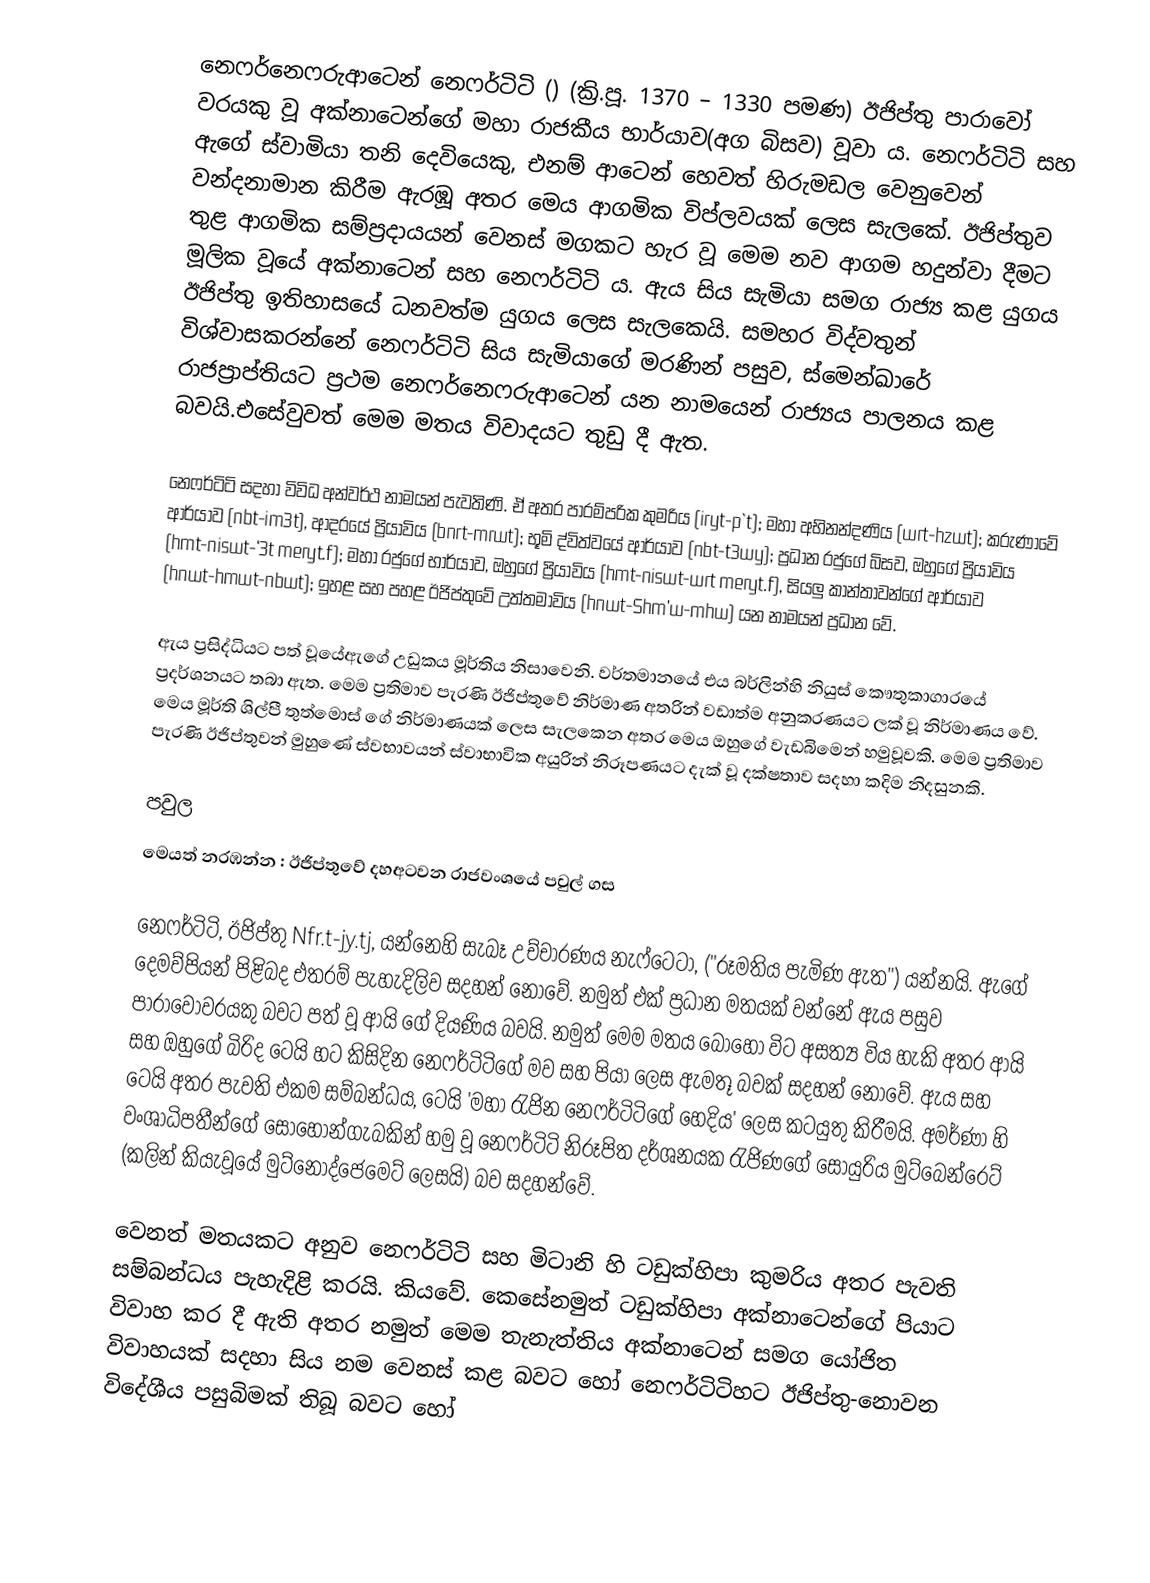
නෙෆර්නෙෆරුආටෙන් නෙෆර්ටිටි () (ක්‍රි.පූ. 1370 – 1330 පමණ) ඊජිප්තු පාරාවෝ වරයකු වූ අක්නාටෙන්ගේ මහා රාජකීය භාර්යාව(අග බිසව) වූවා ය. නෙෆර්ටිටි සහ ඇගේ ස්වාමියා තනි දෙවියෙකු, එනම් ආටෙන් හෙවත් හිරුමඩල වෙනුවෙන් වන්දනාමාන කිරීම ඇරඹූ අතර මෙය ආගමික විප්ලවයක් ලෙස සැලකේ. ඊජිප්තුව තුළ ආගමික සම්ප්‍රදායයන් වෙනස් මගකට හැර වූ මෙම නව ආගම හදුන්වා දීමට මූලික වූයේ අක්නාටෙන් සහ නෙෆර්ටිටි ය. ඇය සිය සැමියා සමග රාජ්‍ය කළ යුගය ඊජිප්තු ඉතිහාසයේ ධනවත්ම යුගය ලෙස සැලකෙයි. සමහර විද්වතුන් විශ්වාසකරන්නේ නෙෆර්ටිටි සිය සැමියාගේ මරණින් පසුව, ස්මෙන්ඛාරේ රාජප්‍රාප්තියට ප්‍රථම නෙෆර්නෙෆරුආටෙන් යන නාමයෙන් රාජ්‍යය පාලනය කළ බවයි.එසේවුවත් මෙම මතය විවාදයට තුඩු දී ඇත.

නෙෆර්ටිටි සදහා විවිධ අන්වර්ථ නාමයන් පැවතිණි. ඒ අතර පාරම්පරික කුමරිය (iryt-p`t); මහා අභිනන්දණිය (wrt-hzwt); කරුණාවේ ආර්යාව (nbt-im3t), ආදරයේ ප්‍රියාවිය (bnrt-mrwt); භූමි ද්විත්වයේ ආර්යාව (nbt-t3wy); ප්‍රධාන රජුගේ බිසව, ඔහුගේ ප්‍රියාවිය (hmt-niswt-‘3t meryt.f); මහා රජුගේ භාර්යාව, ඔහුගේ ප්‍රියාවිය (hmt-niswt-wrt meryt.f), සියලු කාන්තාවන්ගේ ආර්යාව (hnwt-hmwt-nbwt); ඉහළ සහ පහළ ඊජිප්තුවේ උත්තමාවිය (hnwt-Shm’w-mhw) යන නාමයන් ප්‍රධාන වේ.

ඇය ප්‍රසිද්ධියට පත් වූයේඇගේ උඩුකය මූර්තිය නිසාවෙනි. වර්තමානයේ එය  බර්ලින්හි නියුස් කෞතුකාගාරයේ ප්‍රදර්ශනයට තබා ඇත. මෙම ප්‍රතිමාව පැරණි ඊජිප්තුවේ නිර්මාණ අතරින් වඩාත්ම අනුකරණයට ලක් වූ නිර්මාණය වේ. මෙය මූර්ති ශිල්පී තුත්මොස් ගේ නිර්මාණයක් ලෙස සැලකෙන අතර මෙය ඔහු‍ගේ වැඩබිමෙන් හමුවූවකි. මෙම ප්‍රතිමාව පැරණි ඊජිප්තුවන් මුහුණේ ස්වභාවයන් ස්වාභාවික අයුරින් නිරූපණයට දැක් වූ දක්ෂතාව සදහා කදිම නිදසුනකි.

පවුල
මෙයත් නරඹන්න : ඊජිප්තුවේ දහඅටවන රාජවංශයේ පවුල් ගස

නෙෆර්ටිටි, ඊජිප්තු  Nfr.t-jy.tj, යන්නෙහි සැබෑ උච්චාරණය නැෆ්ටෙටා, ("රූමතිය පැමිණ ඇත") යන්නයි. ඇගේ දෙමව්පියන් පිළිබද එතරම් පැහැදිලිව සදහන් නොවේ. නමුත් එක් ප්‍රධාන මතයක් වන්නේ ඇය පසුව පාරාවෝවරයකු බවට පත් වූ ආයි ගේ දියණිය බවයි. නමුත් මෙම මතය බොහෝ විට අසත්‍ය විය හැකි අතර ආයි සහ ඔහුගේ බිරිද ටෙයි හට කිසිදින නෙෆර්ටිටිගේ මව සහ පියා ලෙස ඇමතූ බවක් සදහන් නොවේ. ඇය සහ ‍ටෙයි අතර පැවති එකම සම්බන්ධය, ටෙයි 'මහා රැජින නෙෆර්ටිටිගේ හෙදිය' ලෙස කටයුතු කිරීමයි. අමර්ණා හි වංශාධිපතීන්ගේ සොහොන්ගැබකින් හමු වූ නෙෆර්ටිටි නිරූපිත දර්ශනයක රැජිණගේ සොයුරිය මුට්බෙන්රෙට්  (කලින් කියැවූයේ මුට්නෝද්ජෙමෙට් ලෙසයි) බව සදහන්වේ.

වෙනත් මතයකට අනුව නෙෆර්ටිටි සහ මිටානි හි ටඩුක්හිපා කුමරිය අතර පැවති සම්බන්ධය පැහැදිළි කරයි.  කියවේ. කෙසේනමුත් ටඩුක්හිපා අක්නාටෙන්ගේ පියාට විවාහ කර දී ඇති අතර නමුත් මෙම තැනැත්තිය අක්නාටෙන් සමග යෝජිත විවාහයක් සදහා සිය නම වෙනස් කළ බවට හෝ නෙෆර්ටිටිහට ඊජිප්තු-නොවන විදේශීය පසුබිමක් තිබූ බවට හෝ